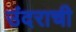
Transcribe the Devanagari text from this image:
उंदराची